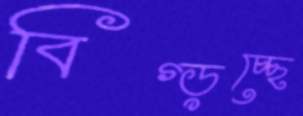
বিগ্‌ড়চ্ছে